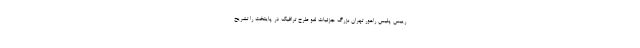
رییس پلیس راهور تهران بزرگ جزئیات لغو طرح ترافیک در پایتخت را تشریح